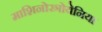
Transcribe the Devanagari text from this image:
माशिनोस्त्रोयेनिया